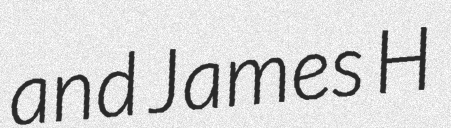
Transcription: and James H